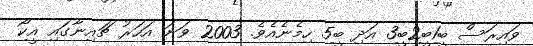
ވައިރަސް ބީ1ބީ2ބީ3 އަދި ބީ5 ހިމެނެއެވެ. 2003 ވަނަ އަހަރު ޗައިނާގައި އީކޯ